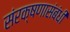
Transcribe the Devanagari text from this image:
संरक्षणासंबंधी